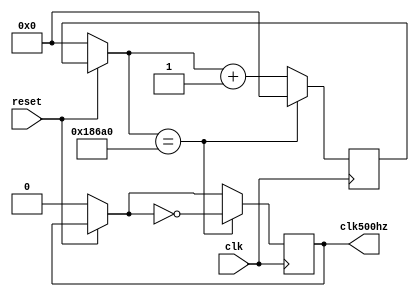
`timescale 1ns / 1ps
//////////////////////////////////////////////////////////////////////////////////
// Company: 
// Engineer: 
// 
// Design Name: 
// Module Name:    divisorF 
// Project Name: 
// Target Devices: 
// Tool versions: 
// Description: 
//
// Dependencies: 
//
// Revision: 
// Revision 0.01 - File Created
// Additional Comments: 
//
//////////////////////////////////////////////////////////////////////////////////
module divisorF(
	input clk,
	input reset,
	output reg clk500hz
    );
	integer contador;
	always @(posedge clk)
	begin
	if(!reset)
		begin
			contador=0;
			clk500hz=0;
		end
	if(contador==100000)
		begin
		clk500hz=!clk500hz;
		contador=0;
		end
	else 
		begin
		contador=contador+1'b1;
		end
	end

endmodule